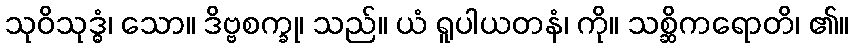
သုဝိသုဒ္ဓံ၊ သော။ ဒိဗ္ဗစက္ခု၊ သည်။ ယံ ရူပါယတနံ၊ ကို။ သစ္ဆိကရောတိ၊ ၏။